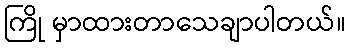
ကြို မှာထားတာသေချာပါတယ်။